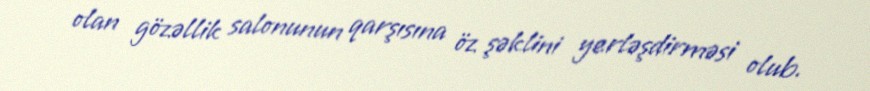
olan gözəllik salonunun qarşısına öz şəklini yerləşdirməsi olub.